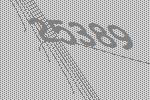
25389